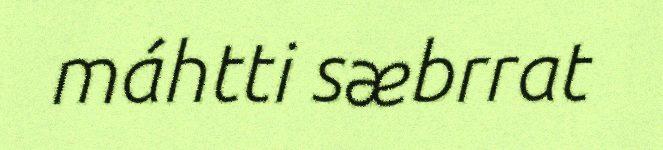
máhtti sæbrrat